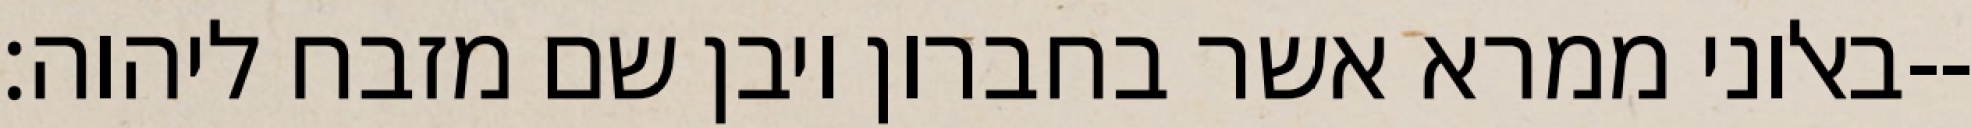
באלוני ממרא אשר בחברון ויבן שם מזבח ליהוה׃--